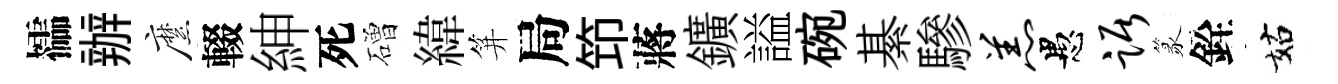
櫺辦縻輟紳死磳緯笄局笻蔣鑛謚碗綦驂羔愚踞篆銓姑